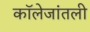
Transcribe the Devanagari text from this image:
कॉलेजांतली